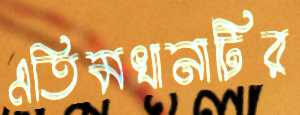
এতিমখানাটির